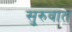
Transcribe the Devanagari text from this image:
सु्रुवात